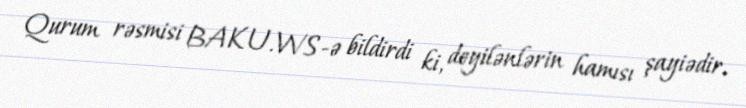
Qurum rəsmisi BAKU.WS-ə bildirdi ki, deyilənlərin hamısı şayiədir.